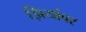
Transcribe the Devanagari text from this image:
झियांवर